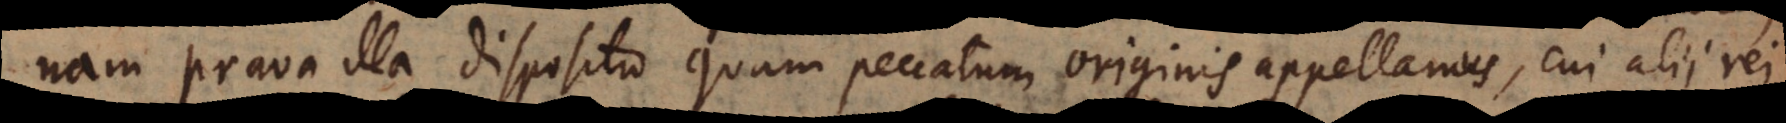
nam prava illa dispositio quam peccatum originis appellamus, cui alii rei